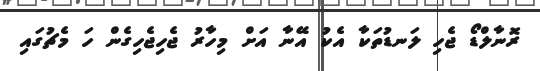
ރޮނާލްޑޯ ޖެހި ލަނޑުތަކާ އެކު އޭނާ އަށް މިހާރު ޖެހިޖެހިގެން ހަ މެޗުގައި